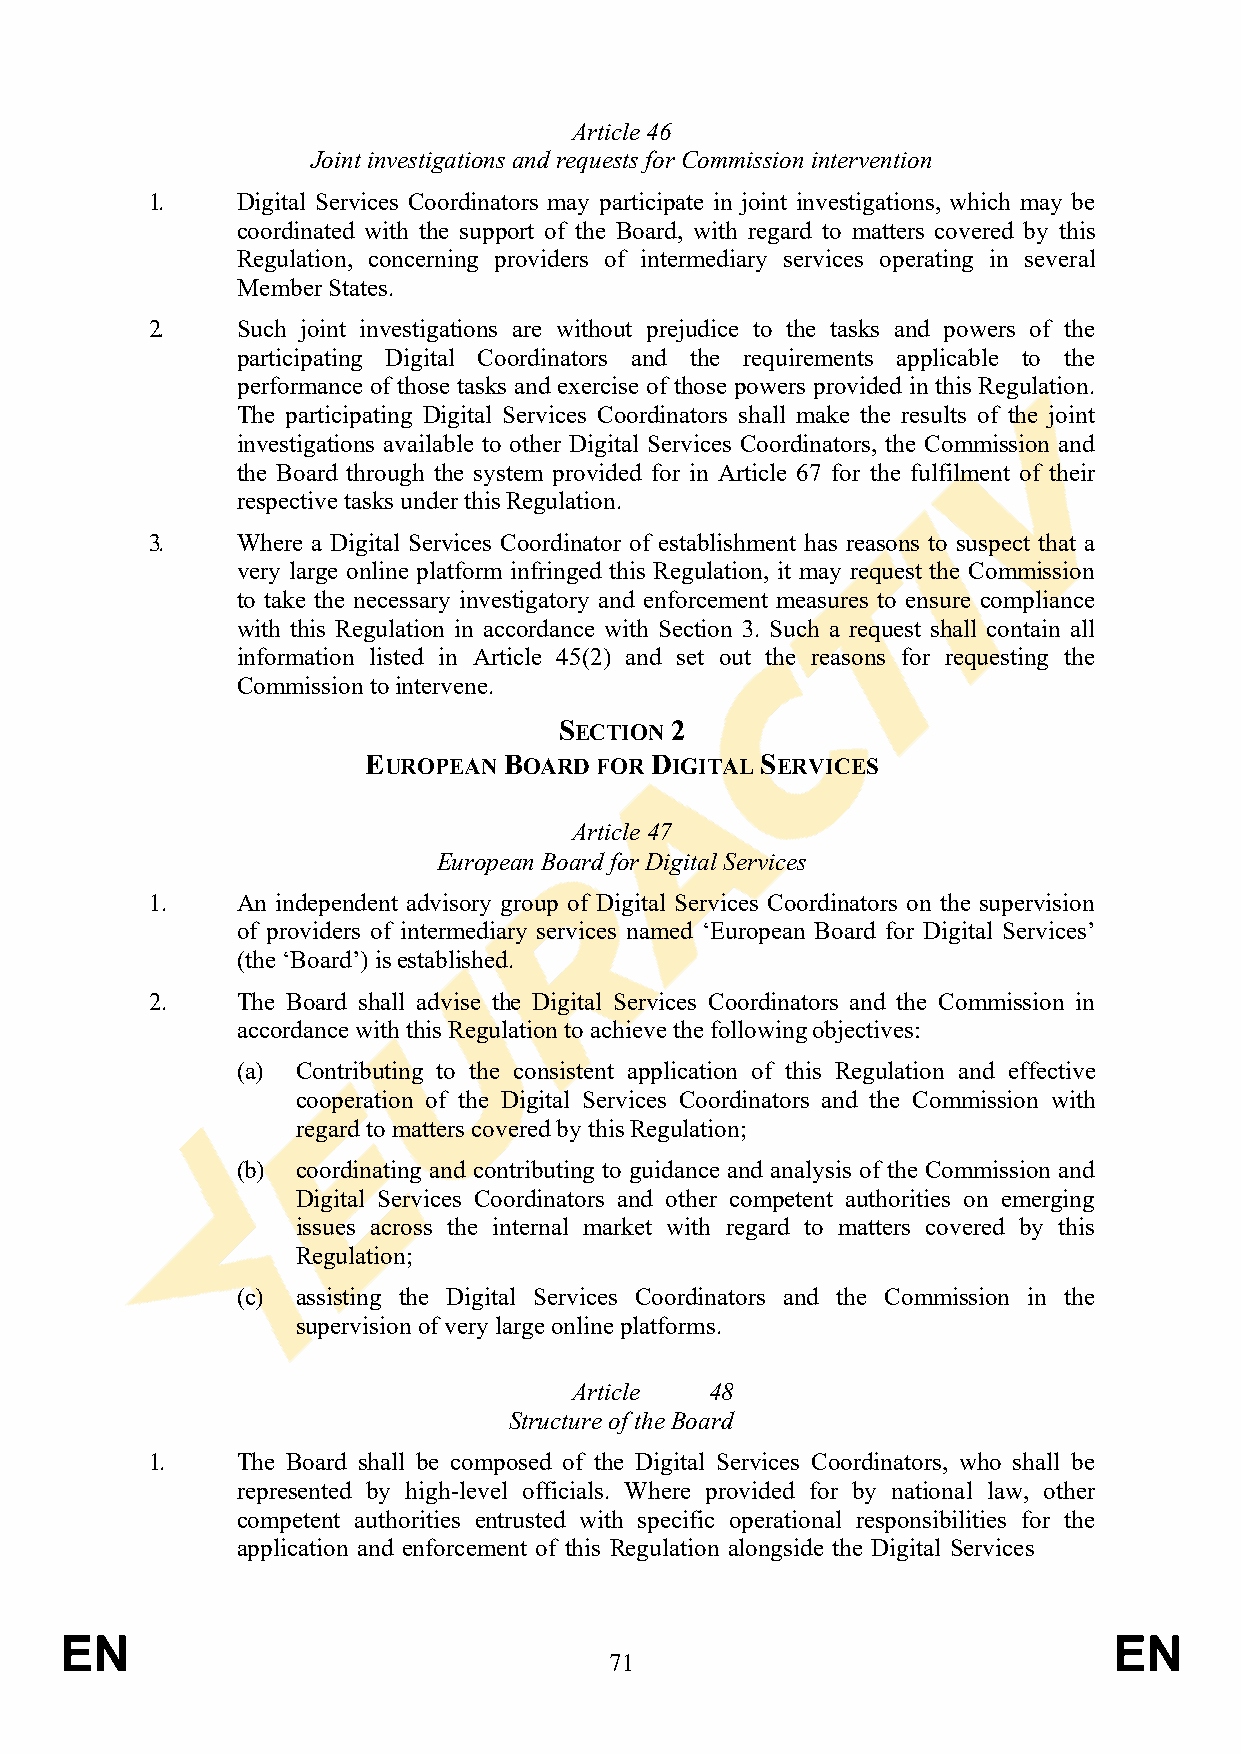
Article 46
 Joint investigations and requests for Commission intervention
 1.    Digital Services Coordinators may participate in joint investigations, which may be
 coordinated with the support of the Board, with regard to matters covered by this
 Regulation, concerning providers of intermediary services operating in several
 Member States.
 2.    Such joint investigations are without prejudice to the tasks and powers of the
 participating Digital Coordinators and the requirements applicable to the
 performance of those tasks and exercise of those powers provided in this Regulation.
 The participating Digital Services Coordinators shall make the results of the joint
 investigations available to other Digital Services Coordinators, the Commission and
 the Board through the system provided for in Article 67 for the fulfilment of their
 respective tasks under this Regulation.
 3.    Where a Digital Services Coordinator of establishment has reasons to suspect that a
 very large online platform infringed this Regulation, it may request the Commission
 to take the necessary investigatory and enforcement measures to ensure compliance
 with this Regulation in accordance with Section 3. Such a request shall contain all
 information listed in Article 45(2) and set out the reasons for requesting the
 Commission to intervene.
 SECTION 2
 EUROPEAN BOARD FOR DIGITAL SERVICES
 Article 47
 European Board for Digital Services
 1.    An independent advisory group of Digital Services Coordinators on the supervision
 of providers of intermediary services named ‘European Board for Digital Services’
 (the ‘Board’) is established.
 2.    The Board shall advise the Digital Services Coordinators and the Commission in
 accordance with this Regulation to achieve the following objectives:
 (a) Contributing to the consistent application of this Regulation and effective
 cooperation of the Digital Services Coordinators and the Commission with
 regard to matters covered by this Regulation;
 (b) coordinating and contributing to guidance and analysis of the Commission and
 Digital Services Coordinators and other competent authorities on emerging
 issues across the internal market with regard to matters covered by this
 Regulation;
 (c) assisting the Digital Services Coordinators and the Commission in the
 supervision of very large online platforms.
 Article  48
 Structure of the Board
 1.    The Board shall be composed of the Digital Services Coordinators, who shall be
 represented by high-level officials. Where provided for by national law, other
 competent authorities entrusted with specific operational responsibilities for the
 application and enforcement of this Regulation alongside the Digital Services
 EN                                                                    EN
 71